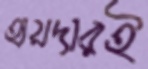
হায়দারই